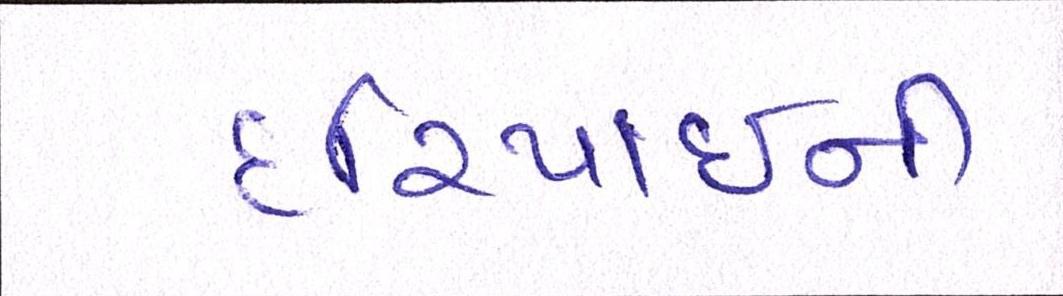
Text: દરિયાઈની